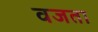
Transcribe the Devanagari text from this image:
वजता